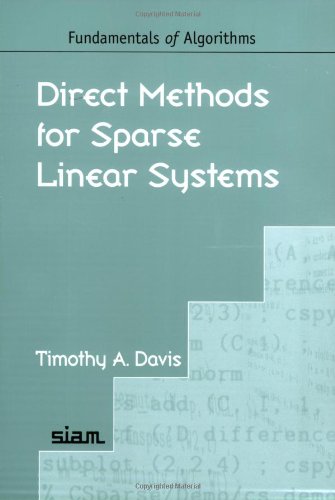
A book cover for Direct Methods for Sparse Linear Systems (Fundamentals of Algorithms); Timothy A. Davis; Science & Math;